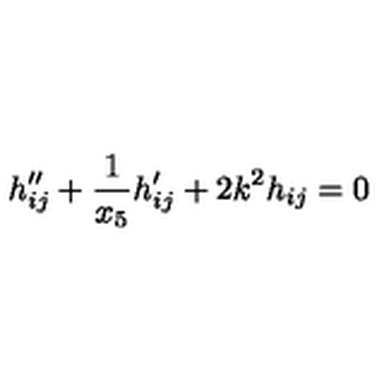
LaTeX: h _ { i j } ^ { \prime \prime } + \frac { 1 } { x _ { 5 } } h _ { i j } ^ { \prime } + 2 k ^ { 2 } h _ { i j } = 0